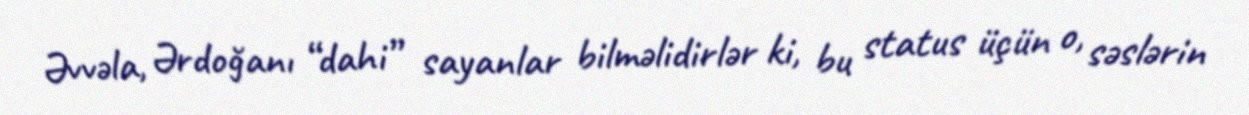
Əvvəla, Ərdoğanı “dahi” sayanlar bilməlidirlər ki, bu status üçün o, səslərin